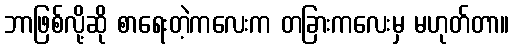
ဘာဖြစ်လို့ဆို စာရေးတဲ့ကလေးက တခြားကလေးမှ မဟုတ်တာ။